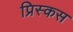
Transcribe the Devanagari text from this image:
प्रिस्कस